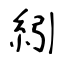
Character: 紖